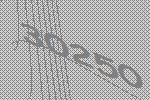
30250